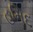
હમિદ